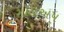
ગૉલઅપ